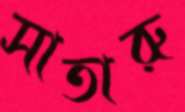
সাতারু